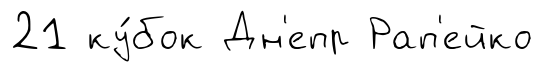
21 ку́бок Дн'епр Рап'ейко